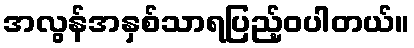
အလွန်အနှစ်သာရပြည့်ဝပါတယ်။